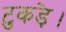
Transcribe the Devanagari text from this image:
टुकड़े।